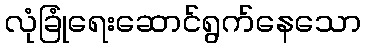
လုံခြုံရေးဆောင်ရွက်နေသော